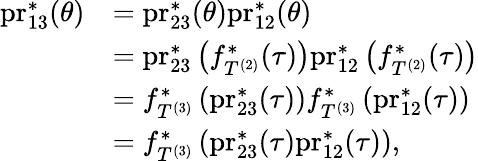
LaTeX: \begin{array}{rl}{\mathrm{pr}_{13}^{*}(\theta)}&{=\mathrm{pr}_{23}^{*}(\theta)\mathrm{pr}_{12}^{*}(\theta)}\\ &{=\mathrm{pr}_{23}^{*}\left(f_{T^{(2)}}^{*}(\tau)\right)\mathrm{pr}_{12}^{*}\left(f_{T^{(2)}}^{*}(\tau)\right)}\\ &{=f_{T^{(3)}}^{*}\left(\mathrm{pr}_{23}^{*}(\tau)\right)f_{T^{(3)}}^{*}\left(\mathrm{pr}_{12}^{*}(\tau)\right)}\\ &{=f_{T^{(3)}}^{*}\left(\mathrm{pr}_{23}^{*}(\tau)\mathrm{pr}_{12}^{*}(\tau)\right),}\end{array}